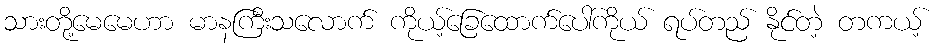
သားတို့မေမေဟာ မာနကြီးသလောက် ကိုယ့်ခြေထောက်ပေါ်ကိုယ် ရပ်တည် နိုင်တဲ့ တကယ့်